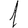
Digit: 1